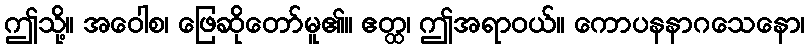
ဤသို့။ အဝေါစ၊ ဖြေဆိုတော်မူ၏။ ဧတ္ထ၊ ဤအရာဝယ်။ ကောပနနာဂသေနော၊